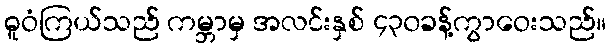
ဓူဝံကြယ်သည် ကမ္ဘာမှ အလင်းနှစ် ၄၃၀ခန့်ကွာဝေးသည်။